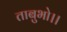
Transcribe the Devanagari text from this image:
ताबुभो।।